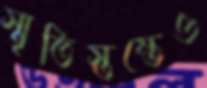
স্মৃতিস্তম্ভেও